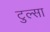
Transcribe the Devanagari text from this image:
टुल्‍सा